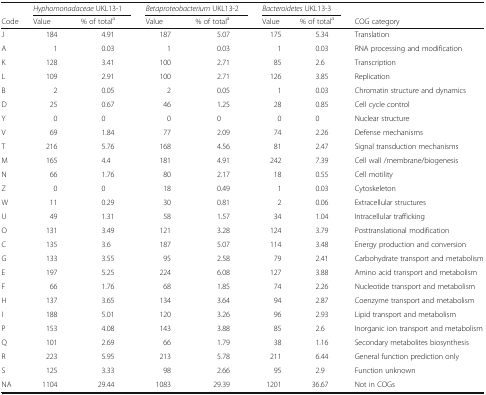
<table><thead><tr><td></td><td colspan="2"><b><i>Hyphomonadaceae</i> UKL13-1</b></td><td colspan="2"><b><i>Betaproteobacterium</i> UKL13-2</b></td><td colspan="2"><b><i>Bacteroidetes</i> UKL13-3</b></td><td></td></tr><tr><td><b>Code</b></td><td><b>Value</b></td><td><b>% of total<sup>a</sup></b></td><td><b>Value</b></td><td><b>% of total<sup>a</sup></b></td><td><b>Value</b></td><td><b>% of total<sup>a</sup></b></td><td><b>COG category</b></td></tr></thead><tbody><tr><td>J</td><td>184</td><td>4.91</td><td>187</td><td>5.07</td><td>175</td><td>5.34</td><td>Translation</td></tr><tr><td>A</td><td>1</td><td>0.03</td><td>1</td><td>0.03</td><td>1</td><td>0.03</td><td>RNA processing and modification</td></tr><tr><td>K</td><td>128</td><td>3.41</td><td>100</td><td>2.71</td><td>85</td><td>2.6</td><td>Transcription</td></tr><tr><td>L</td><td>109</td><td>2.91</td><td>100</td><td>2.71</td><td>126</td><td>3.85</td><td>Replication</td></tr><tr><td>B</td><td>2</td><td>0.05</td><td>2</td><td>0.05</td><td>1</td><td>0.03</td><td>Chromatin structure and dynamics</td></tr><tr><td>D</td><td>25</td><td>0.67</td><td>46</td><td>1.25</td><td>28</td><td>0.85</td><td>Cell cycle control</td></tr><tr><td>Y</td><td>0</td><td>0</td><td>0</td><td>0</td><td>0</td><td>0</td><td>Nuclear structure</td></tr><tr><td>V</td><td>69</td><td>1.84</td><td>77</td><td>2.09</td><td>74</td><td>2.26</td><td>Defense mechanisms</td></tr><tr><td>T</td><td>216</td><td>5.76</td><td>168</td><td>4.56</td><td>81</td><td>2.47</td><td>Signal transduction mechanisms</td></tr><tr><td>M</td><td>165</td><td>4.4</td><td>181</td><td>4.91</td><td>242</td><td>7.39</td><td>Cell wall /membrane/biogenesis</td></tr><tr><td>N</td><td>66</td><td>1.76</td><td>80</td><td>2.17</td><td>18</td><td>0.55</td><td>Cell motility</td></tr><tr><td>Z</td><td>0</td><td>0</td><td>18</td><td>0.49</td><td>1</td><td>0.03</td><td>Cytoskeleton</td></tr><tr><td>W</td><td>11</td><td>0.29</td><td>30</td><td>0.81</td><td>2</td><td>0.06</td><td>Extracellular structures</td></tr><tr><td>U</td><td>49</td><td>1.31</td><td>58</td><td>1.57</td><td>34</td><td>1.04</td><td>Intracellular trafficking</td></tr><tr><td>O</td><td>131</td><td>3.49</td><td>121</td><td>3.28</td><td>124</td><td>3.79</td><td>Posttranslational modification</td></tr><tr><td>C</td><td>135</td><td>3.6</td><td>187</td><td>5.07</td><td>114</td><td>3.48</td><td>Energy production and conversion</td></tr><tr><td>G</td><td>133</td><td>3.55</td><td>95</td><td>2.58</td><td>79</td><td>2.41</td><td>Carbohydrate transport and metabolism</td></tr><tr><td>E</td><td>197</td><td>5.25</td><td>224</td><td>6.08</td><td>127</td><td>3.88</td><td>Amino acid transport and metabolism</td></tr><tr><td>F</td><td>66</td><td>1.76</td><td>68</td><td>1.85</td><td>74</td><td>2.26</td><td>Nucleotide transport and metabolism</td></tr><tr><td>H</td><td>137</td><td>3.65</td><td>134</td><td>3.64</td><td>94</td><td>2.87</td><td>Coenzyme transport and metabolism</td></tr><tr><td>I</td><td>188</td><td>5.01</td><td>120</td><td>3.26</td><td>96</td><td>2.93</td><td>Lipid transport and metabolism</td></tr><tr><td>P</td><td>153</td><td>4.08</td><td>143</td><td>3.88</td><td>85</td><td>2.6</td><td>Inorganic ion transport and metabolism</td></tr><tr><td>Q</td><td>101</td><td>2.69</td><td>66</td><td>1.79</td><td>38</td><td>1.16</td><td>Secondary metabolites biosynthesis</td></tr><tr><td>R</td><td>223</td><td>5.95</td><td>213</td><td>5.78</td><td>211</td><td>6.44</td><td>General function prediction only</td></tr><tr><td>S</td><td>125</td><td>3.33</td><td>98</td><td>2.66</td><td>95</td><td>2.9</td><td>Function unknown</td></tr><tr><td>NA</td><td>1104</td><td>29.44</td><td>1083</td><td>29.39</td><td>1201</td><td>36.67</td><td>Not in COGs</td></tr></tbody></table>